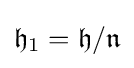
{\mathfrak {h}}_{1}={\mathfrak {h}}/{\mathfrak {n}}